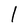
Character: l